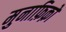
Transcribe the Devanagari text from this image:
मुनाफ़िक़ो